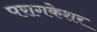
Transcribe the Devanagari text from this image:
परागकेशर